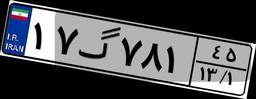
۱۷گ۷۸۱۴۵